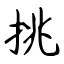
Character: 挑